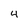
Character: 4